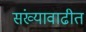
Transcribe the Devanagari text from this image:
संख्यावाढीत